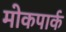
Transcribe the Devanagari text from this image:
मोकपार्क